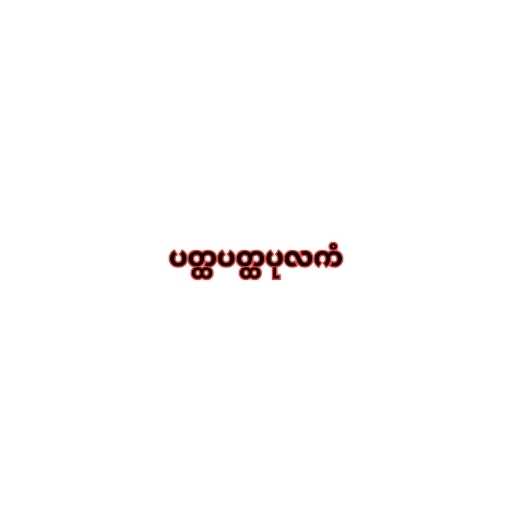
ပတ္ထပတ္ထပုလကံ